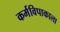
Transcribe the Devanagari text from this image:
कर्मविपाकाला